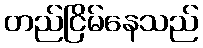
တည်ငြိမ်နေသည်